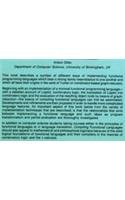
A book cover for Compiling Functional Languages; Antoni Diller; Computers & Technology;